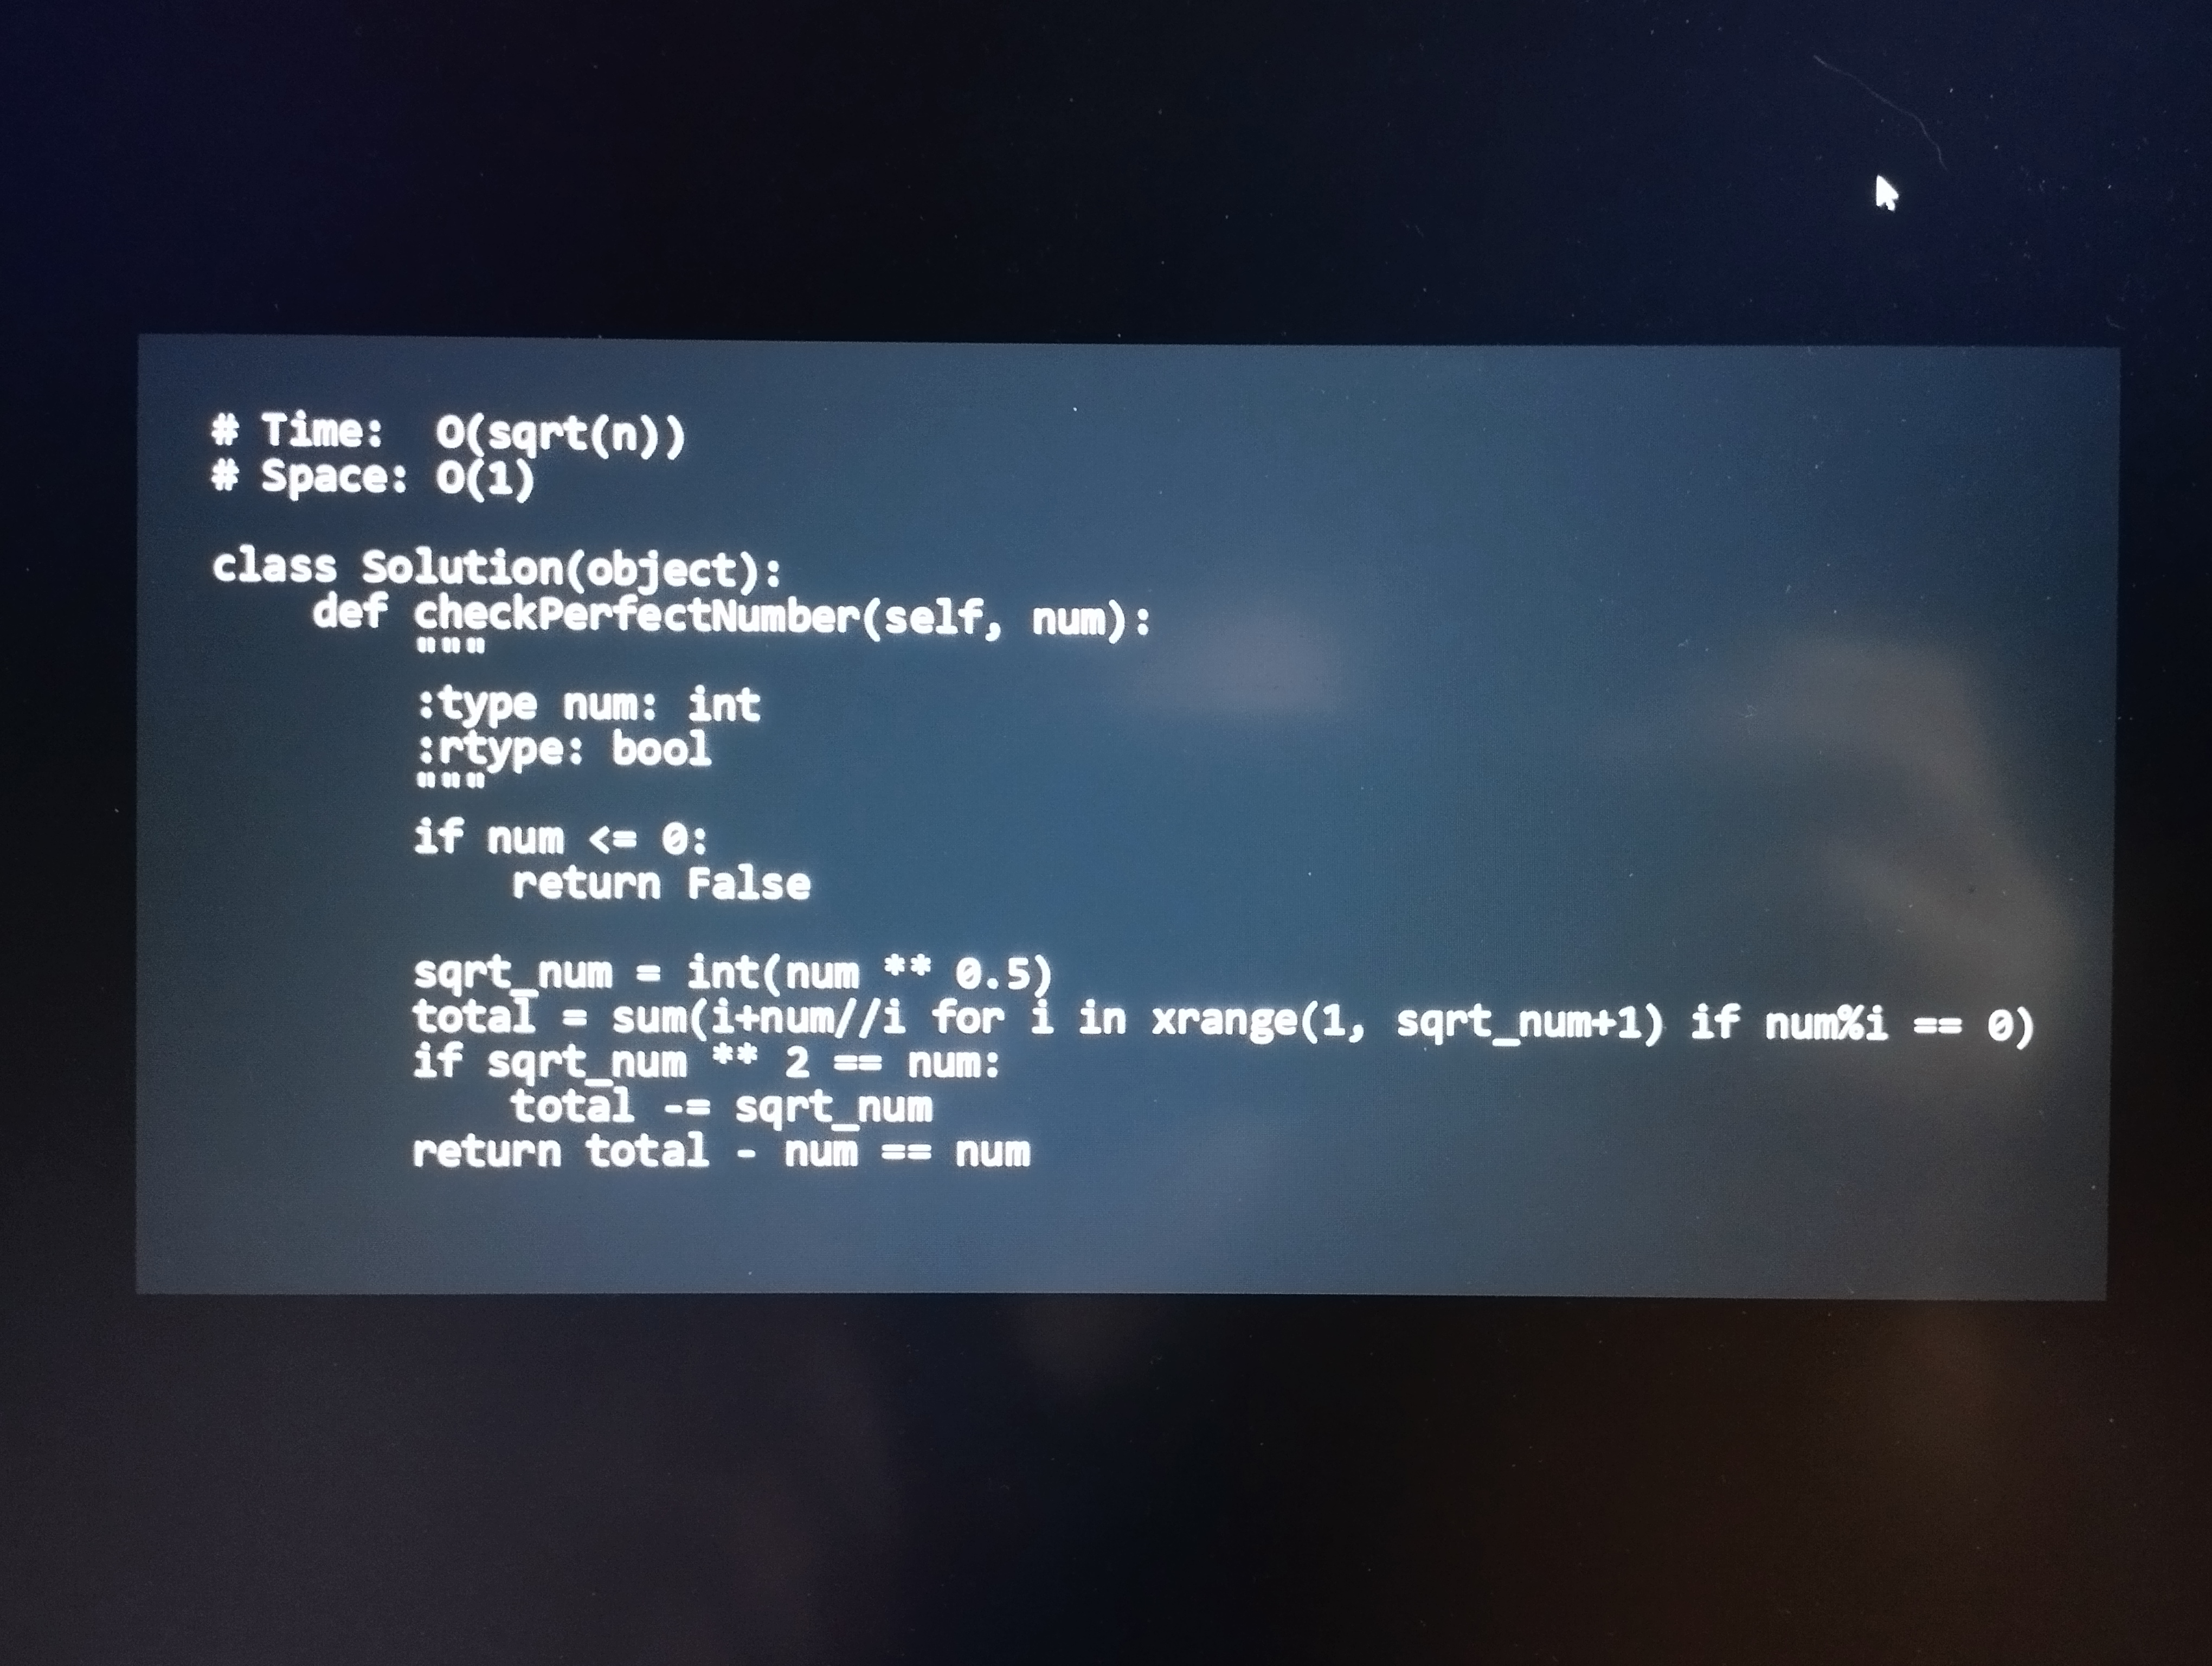
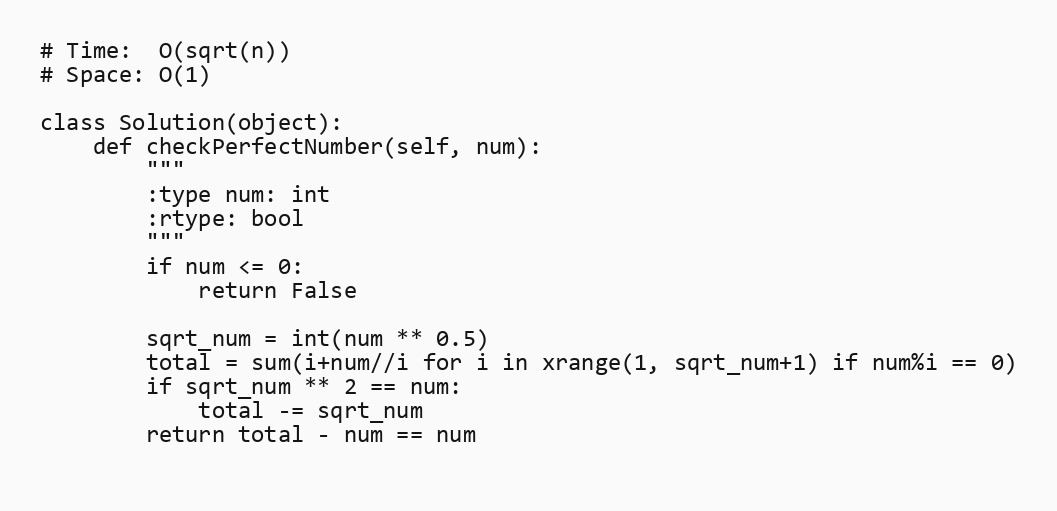
# Time:  O(sqrt(n))
# Space: O(1)

class Solution(object):
    def checkPerfectNumber(self, num):
        """
        :type num: int
        :rtype: bool
        """
        if num <= 0:
            return False

        sqrt_num = int(num ** 0.5)
        total = sum(i+num//i for i in xrange(1, sqrt_num+1) if num%i == 0)
        if sqrt_num ** 2 == num:
            total -= sqrt_num
        return total - num == num